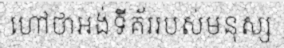
ហៅថាអង់ទីគ័ររបស់មនុស្ស